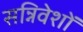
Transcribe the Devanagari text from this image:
सन्निवेशों